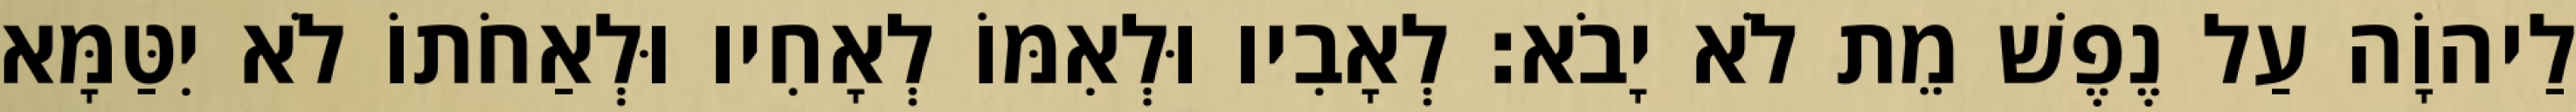
לַיהוָֹה עַל נֶפֶשׁ מֵת לֹא יָבֹא׃ לְאָבִיו וּלְאִמּוֹ לְאָחִיו וּלְאַחֹתוֹ לֹא יִטַּמָּא